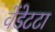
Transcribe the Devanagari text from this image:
वेंडेटटा